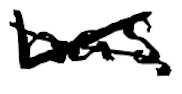
Text: has
Cross-out: mix
Writing tool: digital_black